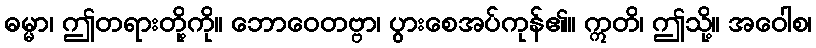
ဓမ္မာ၊ ဤတရားတို့ကို။ ဘောဝေတဗ္ဗာ၊ ပွားစေအပ်ကုန်၏။ ဣတိ၊ ဤသို့။ အဝေါစ၊